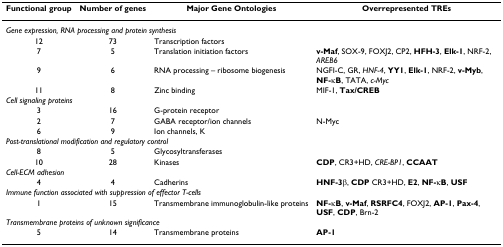
| Functional group | Number of genes | Major Gene Ontologies | Overrepresented TREs |
 | --- | --- | --- | --- |
 | <COLSPAN=4> Gene expression, RNA processing and protein synthesis |
 | 12 | 73 | Transcription factors |  |
 | 7 | 5 | Translation initiation factors | v-Maf, SOX-9, FOXJ2, CP2, HFH-3, Elk-1, NRF-2, AREB6 |
 | 9 | 6 | RNA processing – ribosome biogenesis | NGFI-C, GR, HNF-4, YY1, Elk-1, NRF-2, v-Myb, NF-κB, TATA, c-Myc |
 | 11 | 8 | Zinc binding | MIF-1, Tax/CREB |
 | <COLSPAN=4> Cell signaling proteins |
 | 3 | 16 | G-protein receptor |  |
 | 2 | 7 | GABA receptor/ion channels | N-Myc |
 | 6 | 9 | Ion channels, K |  |
 | <COLSPAN=4> Post-translational modification and regulatory control |
 | 8 | 5 | Glycosyltransferases |  |
 | 10 | 28 | Kinases | CDP, CR3+HD, CRE-BP1, CCAAT |
 | <COLSPAN=4> Cell-ECM adhesion |
 | 4 | 4 | Cadherins | HNF-3β, CDP CR3+HD, E2, NF-κB, USF |
 | <COLSPAN=4> Immune function associated with suppression of effector T-cells |
 | 1 | 15 | Transmembrane immunoglobulin-like proteins | NF-κB, v-Maf, RSRFC4, FOXJ2, AP-1, Pax-4, USF, CDP, Brn-2 |
 | <COLSPAN=4> Transmembrane proteins of unknown significance |
 | 5 | 14 | Transmembrane proteins | AP-1 |